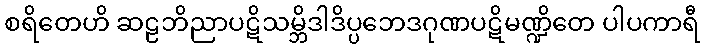
စရိတေဟိ ဆဠဘိညာပဋိသမ္ဘိဒါဒိပ္ပဘေဒဂုဏပဋိမဏ္ဍိတေ ပါပကာရီ